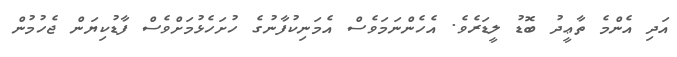
އަދި އެންމެ ތާޢީދު ބޮޑު ލީޑަރެެވެ. އެހެންނަމަވެސް އެމަނިކުފާނުގެ ހުށަހެޅުމަށްވެސް ފާޑުކިޔަން ޖެހުމުން